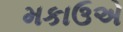
મકાઉએ